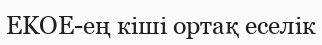
EKOE-ең кіші ортақ еселік